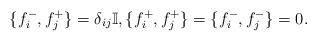
LaTeX: \begin{align*}\{ f_i^- , f_j^+ \} = \delta_{ij}\mathbb{I}, \{ f_i^+ , f_j^+ \} = \{ f_i^- , f_j^- \} = 0.\end{align*}